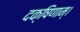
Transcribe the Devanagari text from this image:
दक्षिणाम्‌।